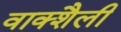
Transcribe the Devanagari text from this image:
वाक्शैली